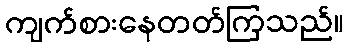
ကျက်စားနေတတ်ကြသည်။